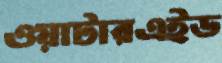
ওয়াটারএইড